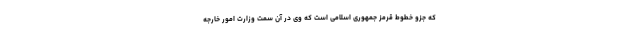
که جزو خطوط قرمز جمهوری اسلامی است که وی در آن سمت وزارت امور خارجه